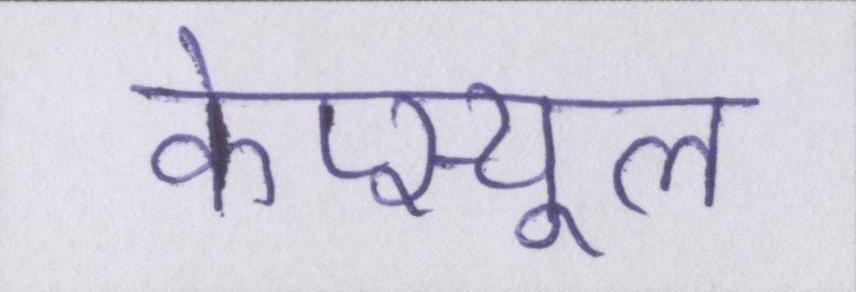
केप्स्यूल